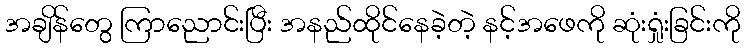
အချိန်တွေ ကြာညောင်းပြီး အနည်ထိုင်နေခဲ့တဲ့ နင့်အဖေကို ဆုံးရှုံးခြင်းကို